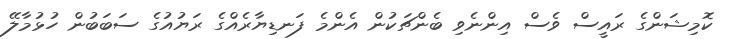
ކޮމިޝަންގެ ރައީސް ވެސް އިންނެވި ބެންޗަކުން އެންމެ ފަނޑިޔާރެއްގެ ރަޔުއުގެ ސަބަބުން ހުޅުމާލޭ